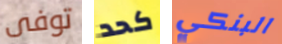
توفى كحد البنكي